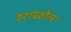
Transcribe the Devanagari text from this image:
रेराखोल